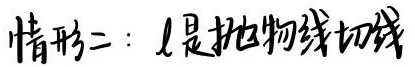
情形二：$l$是抛物线切线